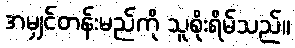
အမျှင်တန်းမည်ကို သူစိုးရိမ်သည်။